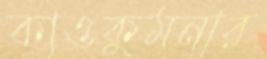
কাওকুমনার